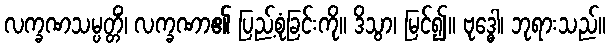
လက္ခဏသမ္ပတ္တိံ၊ လက္ခဏာ၏ ပြည့်စုံခြင်းကို။ ဒိသွာ၊ မြင်၍။ ဗုဒ္ဓေါ၊ ဘုရားသည်။